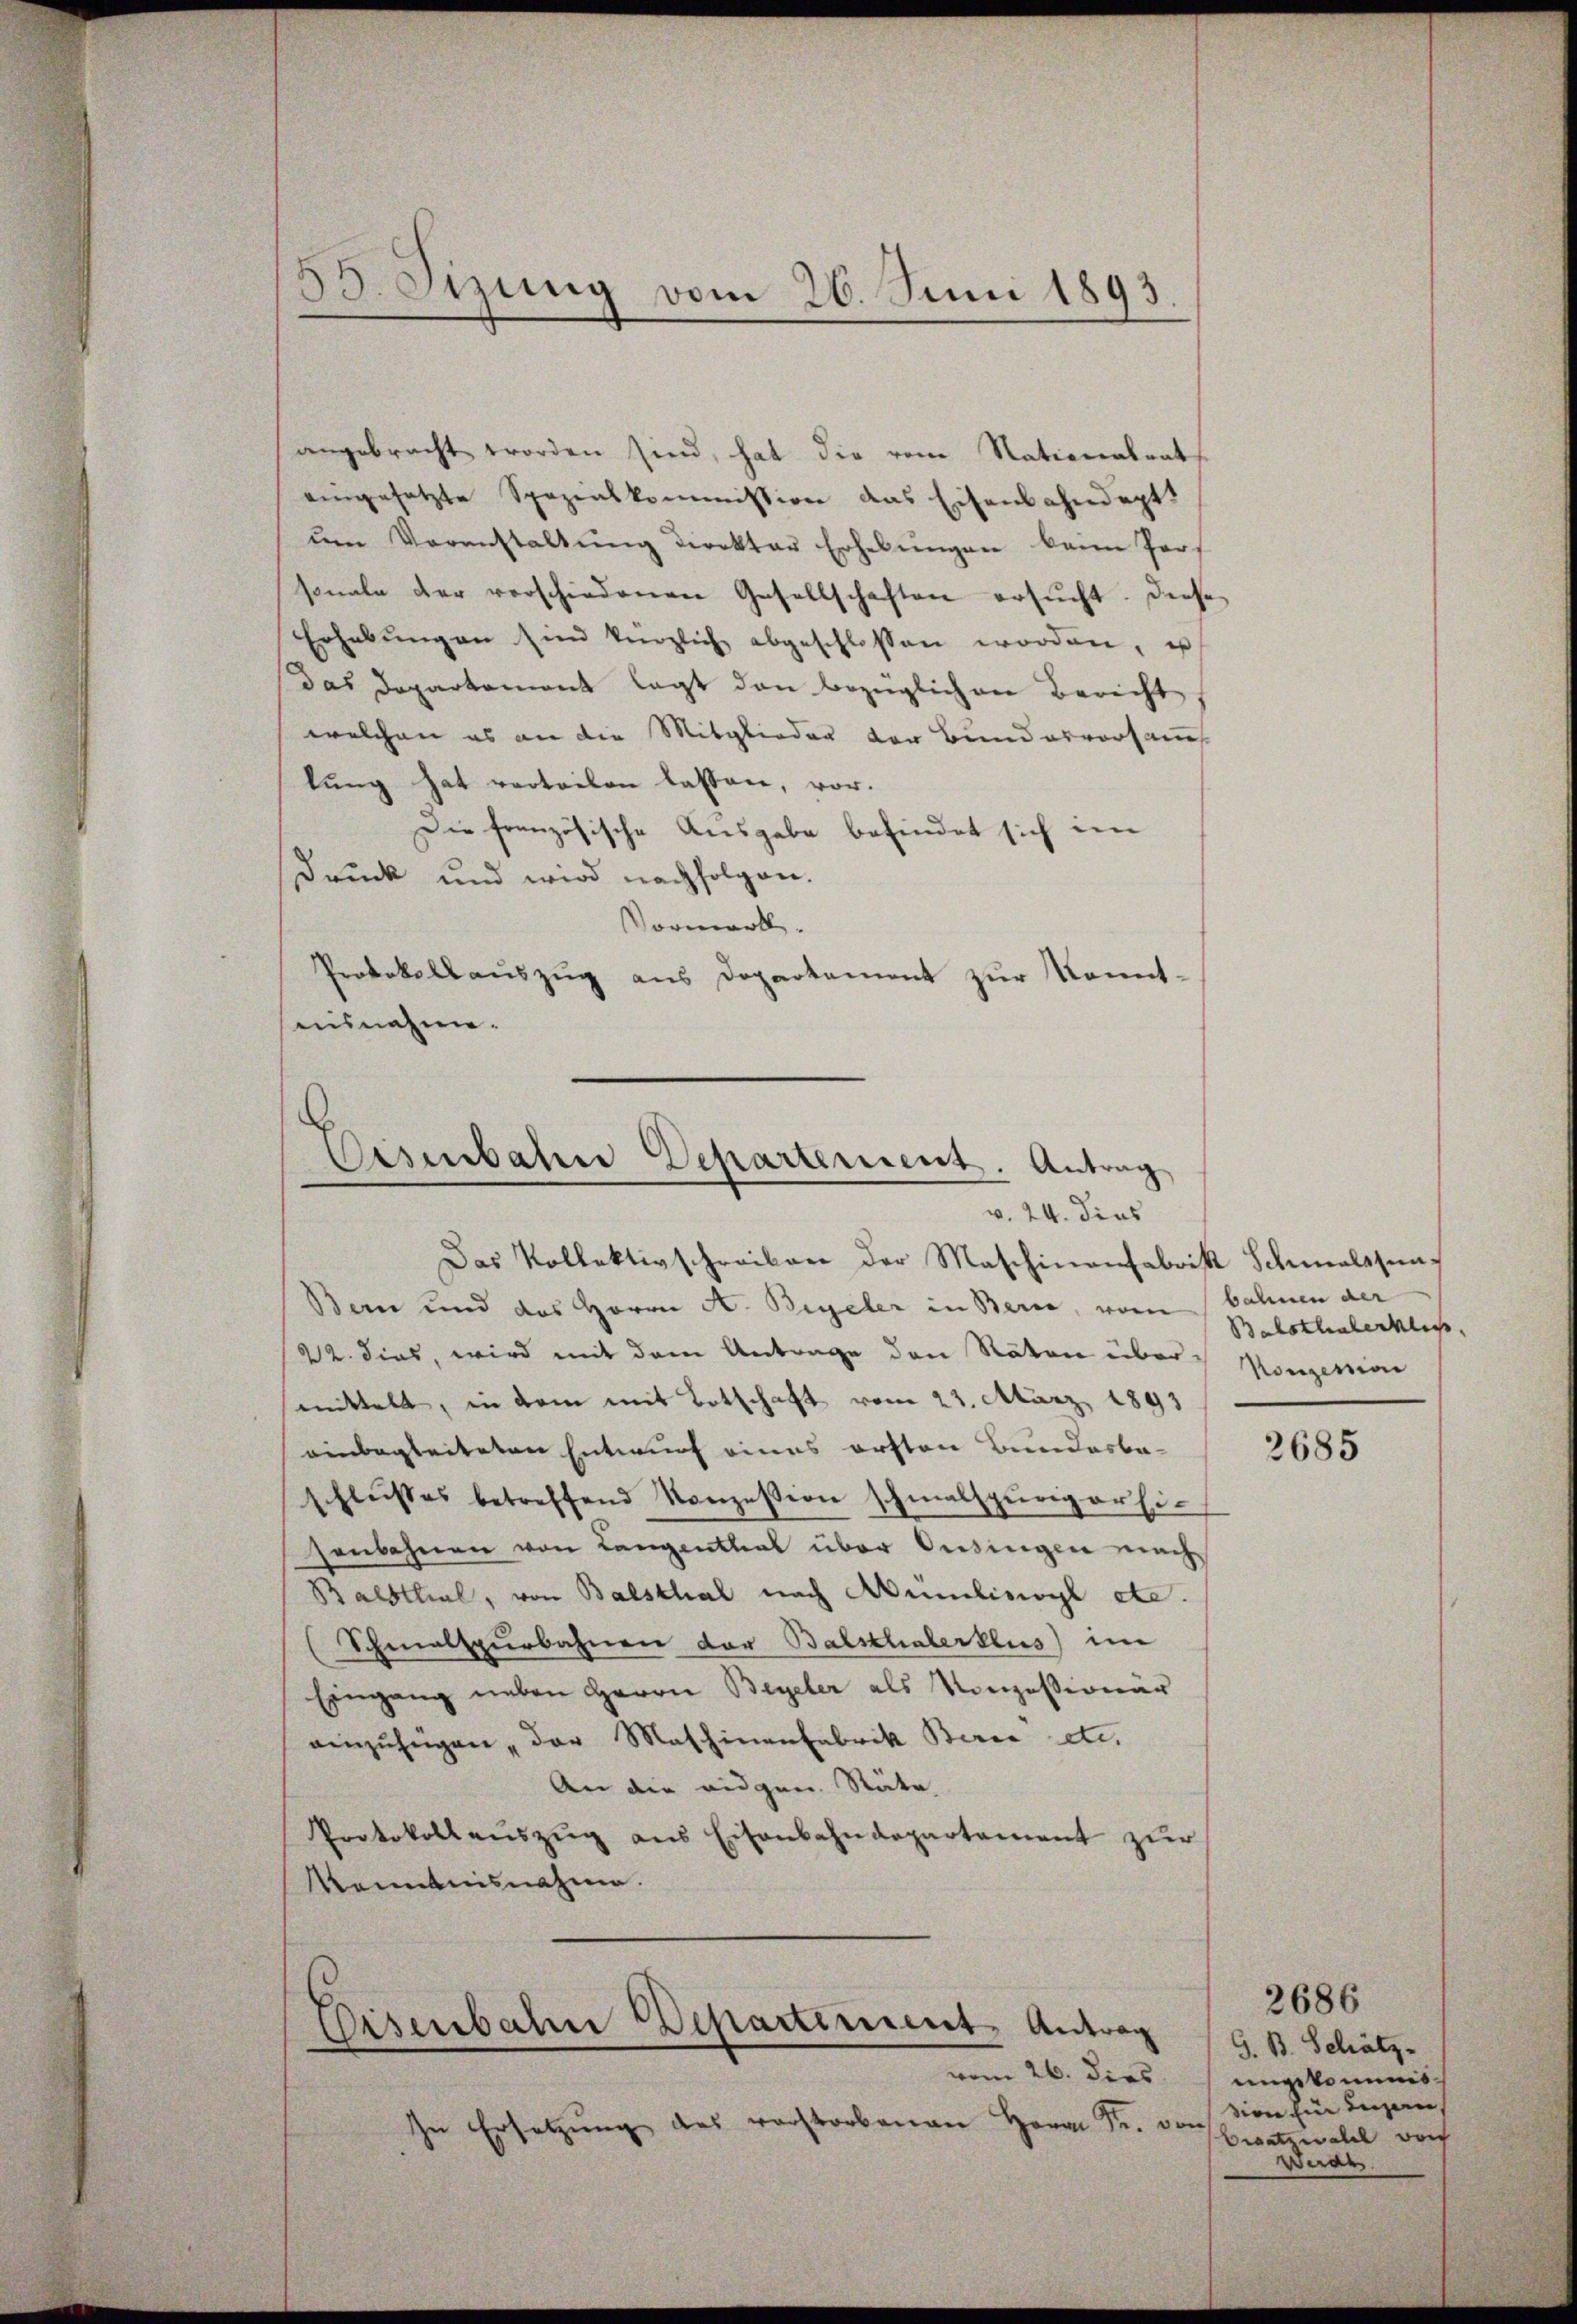
angebracht worden sind, hat die vom Nationalrats
eingesetzte Spezialkommission das Eisenbahndeptt
ŭm Voranstaltŭng direktor Erhebŭngen kann Porf
sonale der verschiedenen Gesellschaften ersŭcht. Diese
Erhabŭng an sind herzlich abgeschlossen worden, u
das Departement legt dan bezüglichen Bericht
welchen es an die Mitglieder der Bundesvorsammt
lung hat verteilen lassen, vor.
Die französische Ausgabe befindet sich im
Druck und wird nachfolgen.
Vormerk.
Protokollauszug aus Departement zur Kenntausnahme.

55. Sizung vom 26. Juni 1893.

Osenbahne Departement. Antrag
v. 24. dies
Das Kollektivschreiben der Maschinenfabrik Schmalstun¬

Bern und das Herrn A. Begeler in Berne, vom bahnen der
22. dies, wird mit dem Antrage den Räten über Konzession
mittelt, in dem mit Totschaft vom 21. März 1891
einbegleiteten Entwurf eines ersten Bundesbe-
schlŭsses betreffend Konzession schmalspurigersi-
senbahnen von Langenthal über Oesingen nach
Balsthal, von Balsthal nach Ammliswyl etc.
(Schmalspurbahnen der Balsthalerklus) im
Eingang neben Herrn Beyler als Konzessionär
einzufügen, der Maschinenfabrik Beric etc.
An die eidgen. Stäte
Protokollauszug aus Eisenbahndepartement zur
Kenntnisnahme.

Eisenbahn Departement Antrag
vom 26. dies

In Ersetzŭng des verstorbenen Herrn Fr. or

Balsthalerklic

2685

2686
G. B. Schätz
ungekommission ein Luzern,
on
Braatzwalde doch
Werde.